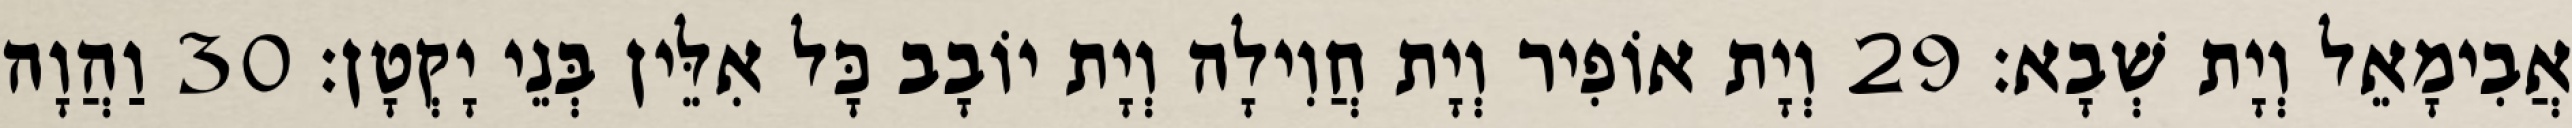
אֲבִימָאֵל וְיָת שְׁבָא׃ 29 וְיָת אוֹפִיר וְיָת חֲוִילָה וְיָת יוֹבָב כָּל אִלֵּין בְּנֵי יָקְטָן׃ 30 וַהֲוָה